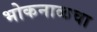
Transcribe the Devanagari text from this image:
भोकनाळचा